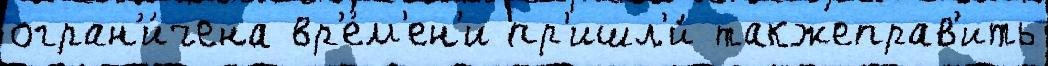
огран'и́чена вр'е́м'ен'и пр'ишл'и́ такжеправ'ить